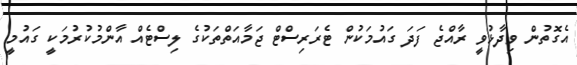
އެގޮތުން ވިދާޅުވީ ރާއްޖެ ފަދަ ގައުމަކުން ޓެރަރިސްޓް ޖަމާއަތްތަކުގެ ލިސްޓެއް އާންމުކުރުމަކީ ގައުމީ